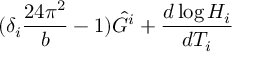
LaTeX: ( \delta _ { i } \frac { 2 4 \pi ^ { 2 } } { b } - 1 ) \hat { G } ^ { i } + \frac { d \log H _ { i } } { d T _ { i } }